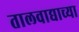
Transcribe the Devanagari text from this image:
तालवाद्याच्या